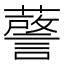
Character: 𮒘